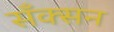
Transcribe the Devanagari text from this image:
सँक्सन